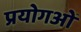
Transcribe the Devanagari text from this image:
प्रयोगओं